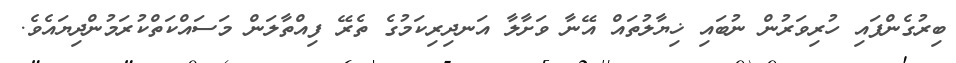
ބިރުގެންފައި ހުރިވަރުން ނުބައި ޚިޔާލުތައް އޭނާ ވަށާލާ އަނދިރިކަމުގެ ތެރޭ ފިއްތާލަން މަސައްކަތްކުރަމުންދިޔައެވެ.